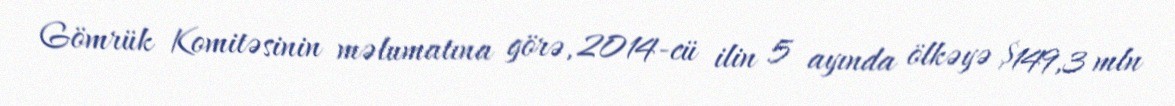
Gömrük Komitəsinin məlumatına görə, 2014-cü ilin 5 ayında ölkəyə $149,3 mln